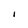
Character: l